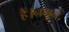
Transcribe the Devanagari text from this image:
हैं।नमूने